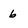
Character: 6